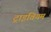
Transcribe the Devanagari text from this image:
ट्राइवियम